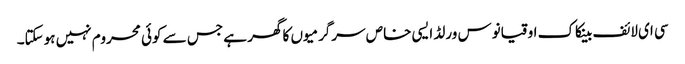
سی ای لائف بینکاک اوقیانوس ورلڈ ایسی خاص سرگرمیوں کا گھر ہے جس سے کوئی محروم نہیں ہوسکتا۔